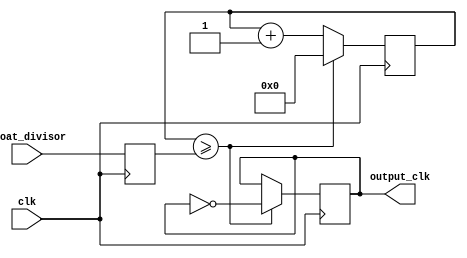
module floating_point_clock_divider (
    input wire clk,
    input wire [7:0] float_divisor,
    output reg output_clk
);

reg [7:0] counter;
reg [7:0] divider;
reg [7:0] remainder;

always @ (posedge clk) begin
    // Synchronization block
    divider <= float_divisor;
    counter <= counter + 1;
    
    // Timing control block
    if (counter >= divider) begin
        output_clk <= ~output_clk;
        counter <= 0;
    end
end

endmodule